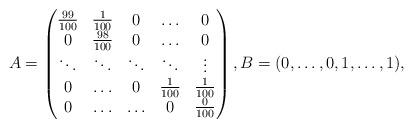
LaTeX: \begin{align*}A = \begin{pmatrix} \frac{99}{100}& \frac{1}{100}&0&\ldots & 0 \\0& \frac{98}{100}&0&\ldots& 0 \\\ddots & \ddots& \ddots &\ddots &\vdots \\0&\ldots&0&\frac{1}{100}&\frac{1}{100} \\0&\ldots&\ldots&0&\frac{0}{100}\end{pmatrix}, B = (0,\ldots,0, 1, \ldots, 1),\end{align*}